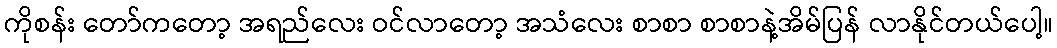
ကိုစန်း တော်ကတော့ အရည်လေး ဝင်လာတော့ အသံလေး စာစာ စာစာနဲ့အိမ်ပြန် လာနိုင်တယ်ပေါ့။